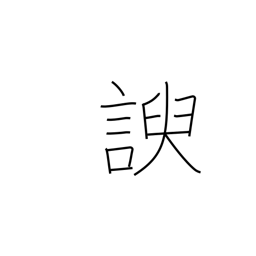
Meaning: flatter